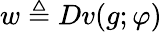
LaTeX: w\triangleq Dv(g;\varphi)